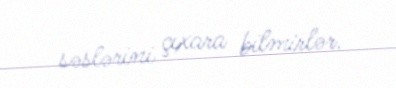
səslərini çıxara bilmirlər.